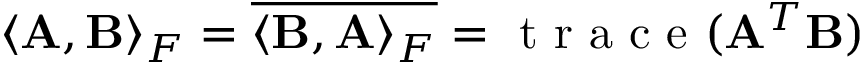
\langle \mathbf { A } , \mathbf { B } \rangle _ { F } = \overline { { \langle \mathbf { B } , \mathbf { A } \rangle _ { F } } } = \mathrm { ~ t ~ r ~ a ~ c ~ e ~ } ( \mathbf { A } ^ { T } \mathbf { B } )